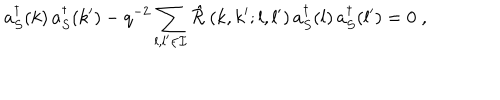
LaTeX: a _ { S } ^ { \dagger } ( k ) \, a _ { S } ^ { \dagger } ( k ^ { \prime } ) - q ^ { - 2 } \sum _ { l , l ^ { \prime } \in { \cal I } } { \hat { \cal R } } \left( k , k ^ { \prime } ; l , l ^ { \prime } \right) a _ { S } ^ { \dagger } ( l ) \, a _ { S } ^ { \dagger } ( l ^ { \prime } ) = 0 \; ,